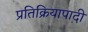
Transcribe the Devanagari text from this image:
प्रतिक्रियापादी